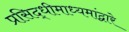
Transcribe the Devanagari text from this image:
प्रसिद्धीमाध्यमांद्वारे